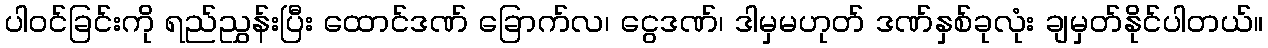
ပါဝင်ခြင်းကို ရည်ညွှန်းပြီး ထောင်ဒဏ် ခြောက်လ၊ ငွေဒဏ်၊ ဒါမှမဟုတ် ဒဏ်နှစ်ခုလုံး ချမှတ်နိုင်ပါတယ်။